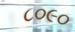
૮૦૯૦